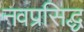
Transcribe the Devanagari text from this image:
नवप्रसिद्ध